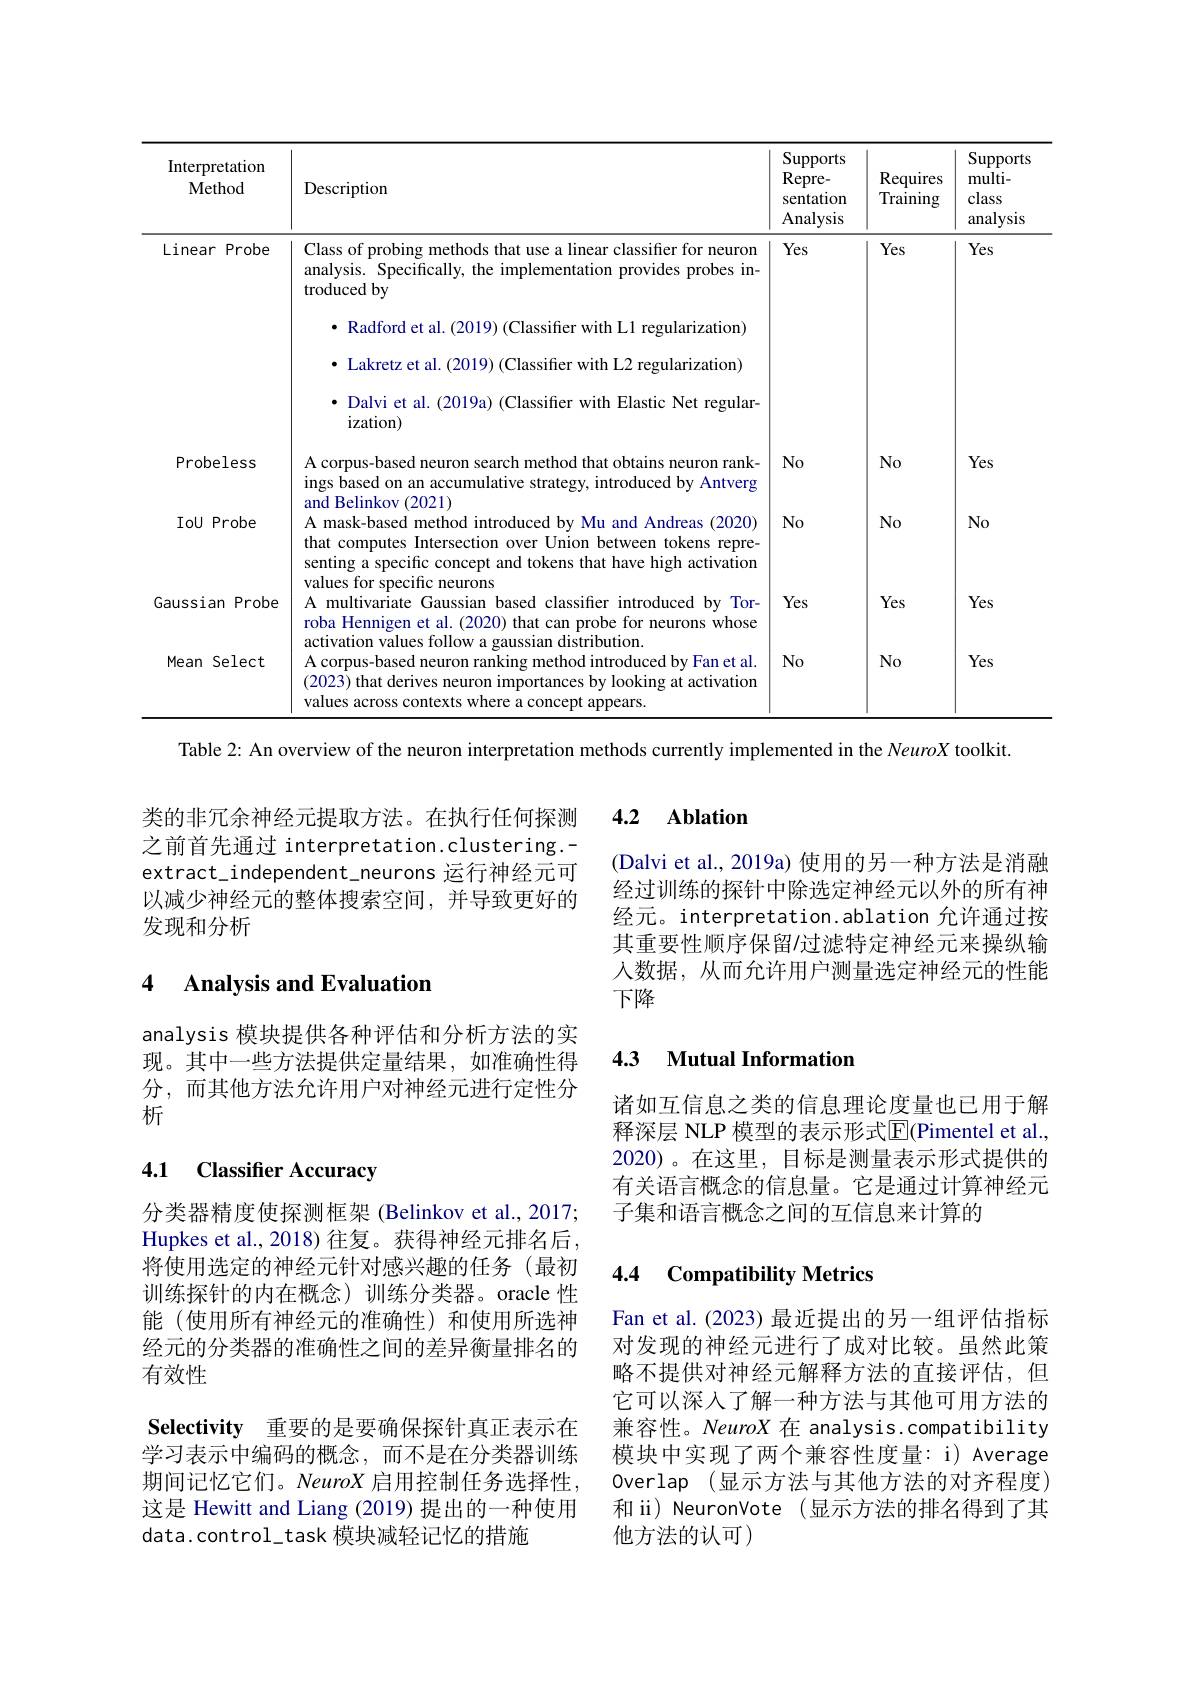
<table>
	<tbody>
		<tr>
			<th>Interpretati Method</th>
			<th>Description</th>
			<th>Supports Repre- sentation Analysis</th>
			<th>Requires Training</th>
			<th>Supports multi- class analysis</th>
		</tr>
		<tr>
			<td> </td>
			<td>$\bullet$ Dalvi et al. (2019a) (Classifier with Elastic Net regular- $ization)$</td>
			<td> </td>
			<td> </td>
			<td> </td>
		</tr>
		<tr>
			<td>Probeles</td>
			<td>A corpus-based neuron search method that obtains neuron rank- ings based on an accumulative strategy, introduced by Antverg and Belinkov (2021)</td>
			<td>$No$</td>
			<td>No</td>
			<td>Yes</td>
		</tr>
		<tr>
			<td>IoU Prob</td>
			<td>A mask-based method introduced by Mu and Andreas (2020) that computes Intersection over Union between tokens repre- senting a specific concept and tokens that have high activation ralues for sne ons</td>
			<td>$No$</td>
			<td>No</td>
			<td>No</td>
		</tr>
		<tr>
			<td>Gaussian $P$</td>
			<td>be A multivariate Gaussian based classifier introduced by Tor roba Hennigen et al. (2020) that can probe for neurons whose hutior</td>
			<td>Yes</td>
			<td>Yes</td>
			<td>Yes</td>
		</tr>
		<tr>
			<td>Mean $Sel\epsilon$</td>
			<td>A corpus-based neuron ranking method introduced by Fan et al (2023) that derives neuron importances by looking at activation values across contexts where a concept appears.</td>
			<td>$No$</td>
			<td>No</td>
			<td>Yes</td>
		</tr>
	</tbody>
</table>
Table 2: An overview of the neuron interpretation methods currently implemented in the NeuroX toolkit.

类的非冗余神经元提取方法。在执行任何探测之前首先通过 interpretation.clustering.- extract\_independent\_neurons 运行神经元可以减少神经元的整体搜索空间，并导致更好的发现和分析

### 4 $\textbf{Analvsis and Evaluation}$

analysis 模块提供各种评估和分析方法的实现。其中一些方法提供定量结果，如准确性得分，而其他方法允许用户对神经元进行定性分析

# 4.1 Classifier Accuracy

分类器精度使探测框架 (Belinkov et al., 2017; Hupkes et al., 2018) 往复。获得神经元排名后， 将使用选定的神经元针对感兴趣的任务(最初训练探针的内在概念)训练分类器。oracle 性能 (使用所有神经元的准确性)和使用所选神经元的分类器的准确性之间的差异衡量排名的有效性

Selectivity 重要的是要确保探针真正表示在

学习表示中编码的概念，而不是在分类器训练期间记忆它们。NeuroX 启用控制任务选择性这是 Hewitt and Liang (2019) 提出的一种使用data.control\_task 模块减轻记忆的措施

### 4.2 Ablation

(Dalvi et al., 2019a) 使用的另一种方法是消融经过训练的探针中除选定神经元以外的所有神经元。interpretation.ablation 允许通过按其重要性顺序保留$\prime$过滤特定神经元来操纵输人数据，从而允许用户测量选定神经元的性能下降

### 4.3 Mutual Information

诸如互信息之类的信息理论度量也已用于解释深层 NLP 模型的表示形式$\overline{\mathbb{E}}$(Pimentel et al., 2020)。在这里，目标是测量表示形式提供的有关语言概念的信息量。它是通过计算神经元子集和语言概念之间的互信息来计算的

### 4.4 Compatibility Metrics

Fan et al. (2023) 最近提出的另一组评估指标对发现的神经元进行了成对比较。虽然此策略不提供对神经元解释方法的直接评估，但它可以深入了解一种方法与其他可用方法的兼容性。NeuroX 在 analysis.compatibility 模块中实现了两个兼容性度量：i) Average Overlap (显示方法与其他方法的对齐程度) 和 ii) NeuronVote (显示方法的排名得到了其他方法的认可)